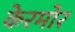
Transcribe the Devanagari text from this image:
केरमोर